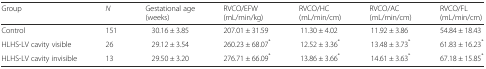
| Group | N | Gestational age (weeks) | RVCO/EFW(mL/min/kg) | RVCO/HC(mL/min/cm) | RVCO/AC(mL/min/cm) | RVCO/FL(mL/min/cm) |
 | --- | --- | --- | --- | --- | --- | --- |
 | Control | 151 | 30.16 ± 3.85 | 207.01 ± 31.59 | 11.30 ± 4.02 | 11.92 ± 3.86 | 54.84 ± 18.43 |
 | HLHS-LV cavity visible | 26 | 29.12 ± 3.54 | 260.23 ± 68.07* | 12.52 ± 3.36* | 13.48 ± 3.73* | 61.83 ± 16.23* |
 | HLHS-LV cavity invisible | 13 | 29.50 ± 3.20 | 276.71 ± 66.09* | 13.86 ± 3.66* | 14.61 ± 3.63* | 67.18 ± 15.85* |